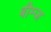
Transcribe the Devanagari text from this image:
बीम्ज